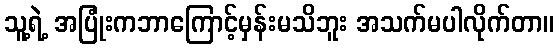
သူ့ရဲ့ အပြုံးကဘာကြောင့်မှန်းမသိဘူး အသက်မပါလိုက်တာ။